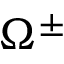
\Omega ^ { \pm }